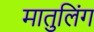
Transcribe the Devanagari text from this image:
मातुलिंग